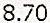
8.70